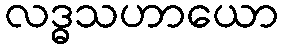
လဒ္ဓသဟာယော